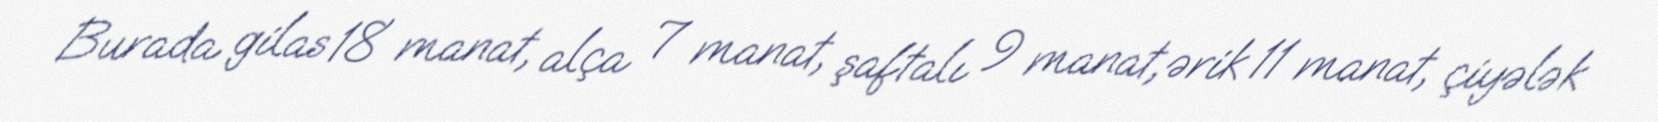
Burada gilas 18 manat, alça 7 manat, şaftalı 9 manat, ərik 11 manat, çiyələk